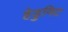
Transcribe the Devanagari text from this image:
हेडुनिट